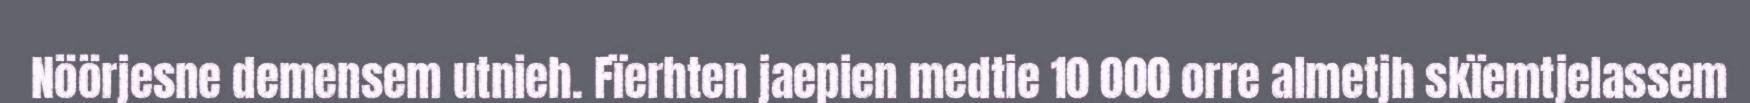
Nöörjesne demensem utnieh. Fïerhten jaepien medtie 10 000 orre almetjh skïemtjelassem